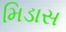
મિડાસ